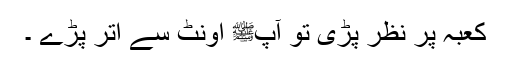
کعبہ پر نظر پڑی تو آپﷺ اونٹ سے اتر پڑے ۔